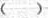
()